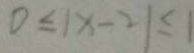
0 \leq 1 x - 2 \vert \leq \vert